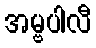
အမ္ဗပါလီ